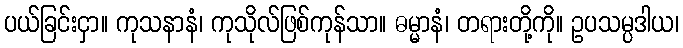
ပယ်ခြင်းငှာ။ ကုသနာနံ၊ ကုသိုလ်ဖြစ်ကုန်သာ။ ဓမ္မာနံ၊ တရားတို့ကို။ ဥပသမ္ပဒါယ၊